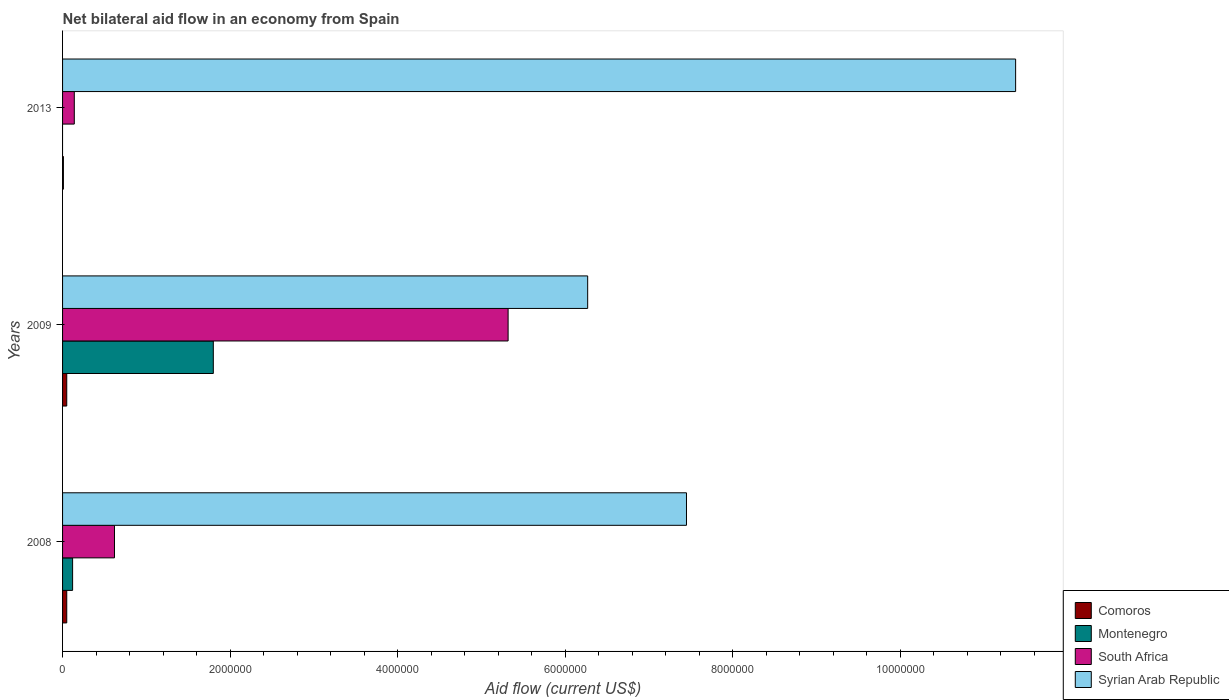
| Years | Comoros | Montenegro | South Africa | Syrian Arab Republic |
 | --- | --- | --- | --- | --- |
 | 2008 | 5e+04 | 1.2e+05 | 6.2e+05 | 7.45e+06 |
 | 2009 | 5e+04 | 1.8e+06 | 5.32e+06 | 6.27e+06 |
 | 2013 | 1e+04 | -6.6e+05 | 1.4e+05 | 1.14e+07 |